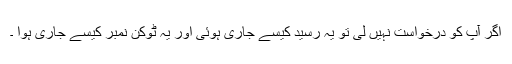
اگر آپ کو درخواست نہیں لی تو یہ رسید کیسے جاری ہوئی اور یہ ٹوکن نمبر کیسے جاری ہوا ۔